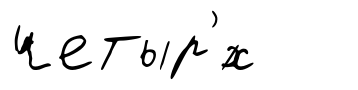
четыр'́х